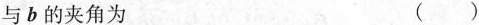
与b的夹角为 ( )